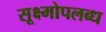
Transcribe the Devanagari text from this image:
सूक्ष्मोपलब्ध